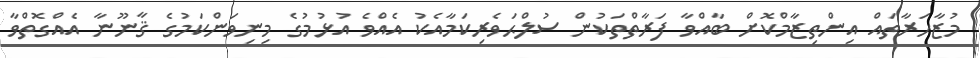
މުޒާހަރާތައް އިންތިޒާމްކޮށް ބާއްވާ ފަރާތްތަކުން ސުލްޙަވެރިކަމާއެކު އެއްވެ އުޅުމުގެ މިނިވަންކަމުގެ ޤާނޫނާ އެއްގޮތްވާ